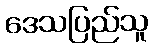
ဒေသပြည်သူ